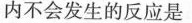
内不会发生的反应是